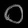
Digit: ၀